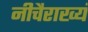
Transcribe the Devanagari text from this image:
नीचैराख्यं